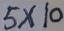
5 \times 1 0